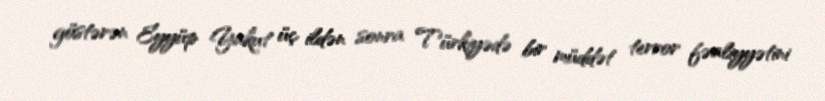
göstərən Eyyüp Yakut üç ildən sonra Türkiyədə bir müddət terror fəaliyyətini